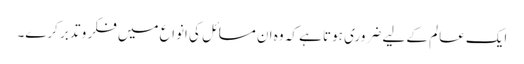
ایک عالم کے لیے ضروری ہوتا ہے کہ وہ ان مسائل کی انواع میں فکر و تدبر کرے۔